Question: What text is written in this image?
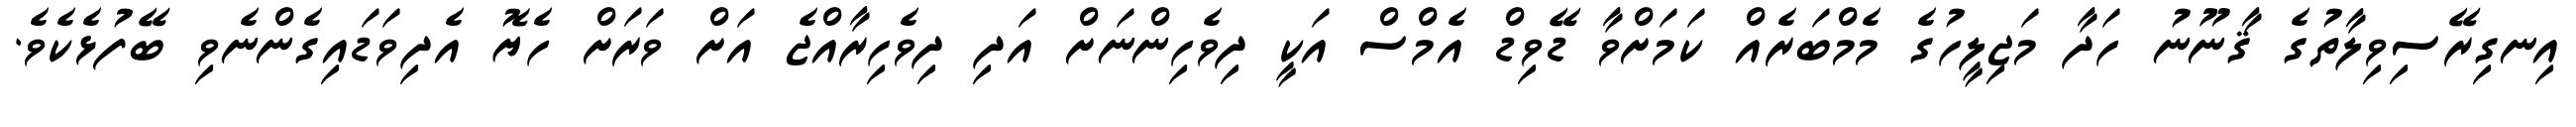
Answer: އިނގިރޭސިވިލާތުގެ ޤާނޫނު ހަދާ މަޖިލީހުގެ މެމްބަރެއް ކަމަށްވާ ޑޭވިޑް އެމްސް އަކީ ދިވެހިންނަށް އަދި ދިވެހިރާއްޖެ އަށް ވަރަށް ހެޔޮ އެދިވަޑައިގެންނެވި ބޭފުޅެކެވެ.